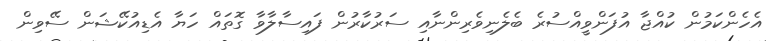
އެހެންކަމުން ކުއްޖާ އުފަންވީއްސުރެ ބެލެނިވެރިންނާއި ސަރުކާރުން ފައިސާލާވާ ގޮތައް ހަޔާ އެޑިއުކޭޝަން ސޭވިން